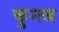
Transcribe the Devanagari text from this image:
कुन्त्ज